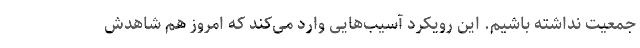
جمعیت نداشته باشیم. این رویکرد آسیب‌هایی وارد می‌کند که امروز هم شاهدش